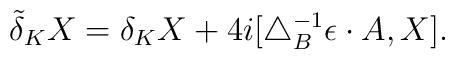
\tilde{\delta}_K X= \delta_K X +4i[\triangle_B^{-1}\epsilon \cdot A, X] .